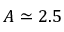
A \simeq 2 . 5